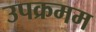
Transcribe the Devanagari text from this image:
उपक्रमम